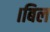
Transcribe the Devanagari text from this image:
।बिल